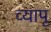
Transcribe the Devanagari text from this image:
व्यापू